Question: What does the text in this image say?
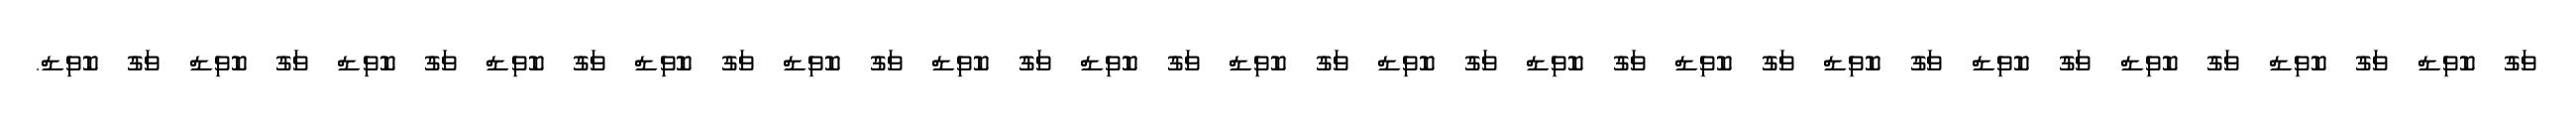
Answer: ވަގު ކޮވިޑް ވަގު ކޮވިޑް ވަގު ކޮވިޑް ވަގު ކޮވިޑް ވަގު ކޮވިޑް ވަގު ކޮވިޑް ވަގު ކޮވިޑް ވަގު ކޮވިޑް ވަގު ކޮވިޑް ވަގު ކޮވިޑް ވަގު ކޮވިޑް ވަގު ކޮވިޑް ވަގު ކޮވިޑް ވަގު ކޮވިޑް ވަގު ކޮވިޑް ވަގު ކޮވިޑް ވަގު ކޮވިޑް.